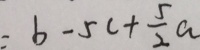
= b - 5 c + \frac { 5 } { 2 } a